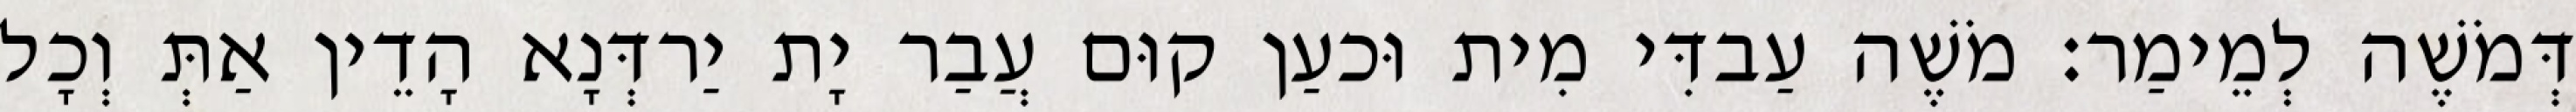
דְּמֹשֶׁה לְמֵימַר׃ מֹשֶׁה עַבדִּי מִית וּכעַן קוּם עֲבַר יָת יַרדְּנָא הָדֵין אַתְּ וְכָל